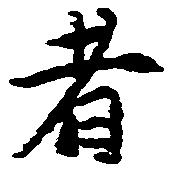
者